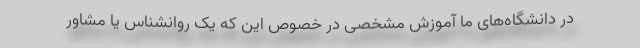
در دانشگاه‌های ما آموزش مشخصی در خصوص این که یک روانشناس یا مشاور